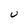
Character: U